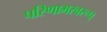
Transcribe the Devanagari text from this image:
परिणामस्वरूप्